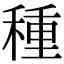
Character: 種